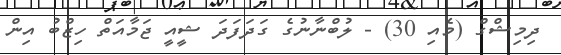
ދިމިޝްގް (މެއި 30) - ލުބްނާނުގެ ގަދަފަދަ ޝީއީ ޖަމާއަތް ހިޒްބު އިން